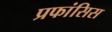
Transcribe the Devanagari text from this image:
प्रफांसिस